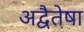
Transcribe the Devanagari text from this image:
अद्वैतेषा